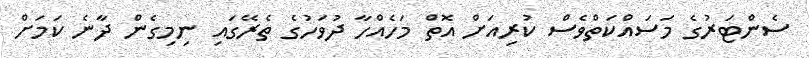
ސެންޓަރުގެ މަސައްކަތްވެސް ކުރިއަށް އޮތް މަހެއްހާ ދުވަހުގެ ތެެރޭގައި ނިމިގެން ދާނެ ކަމަށް